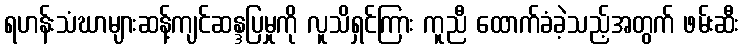
ရဟန်းသံဃာများဆန့်ကျင်ဆန္ဒပြမှုကို လူသိရှင်ကြား ကူညီ ထောက်ခံခဲ့သည့်အတွက် ဖမ်းဆီး